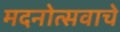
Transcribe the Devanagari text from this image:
मदनोत्सवाचे